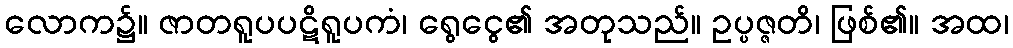
လောက၌။ ဇာတရူပပဋိရူပကံ၊ ရွေငွေ၏ အတုသည်။ ဥပ္ပဇ္ဇတိ၊ ဖြစ်၏။ အထ၊